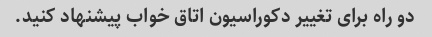
دو راه برای تغییر دکوراسیون اتاق خواب پیشنهاد کنید.